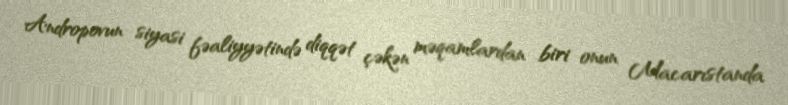
Andropovun siyasi fəaliyyətində diqqət çəkən məqamlardan biri onun Macarıstanda